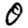
Digit: 0